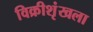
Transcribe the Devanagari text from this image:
विक्रीशृंखला